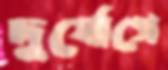
দুর্যোগে